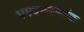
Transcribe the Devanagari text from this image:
भगवन्नामांक